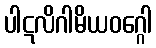
ပါဋလိဂါမိယဝဂ္ဂေါ